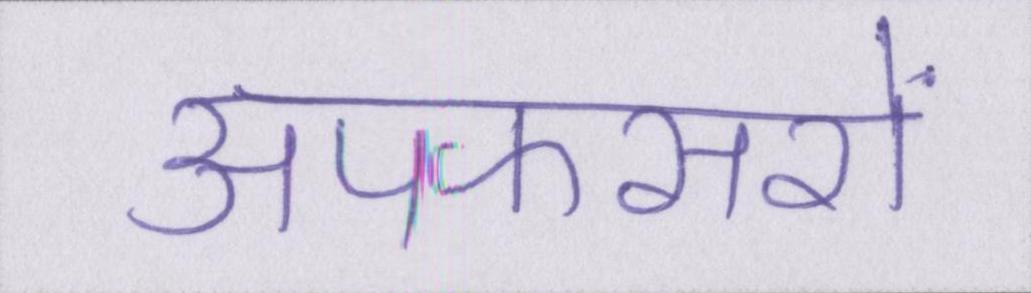
अपफसरों